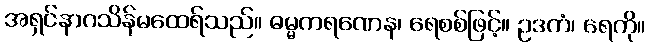
အရှင်နာဂသိန်မထေရ်သည်။ ဓမ္မကရဏေန၊ ရေစစ်ဖြင့်။ ဥဒကံ၊ ရေကို။